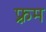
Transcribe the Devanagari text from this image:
फ़्रम